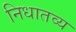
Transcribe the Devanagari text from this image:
निधातव्य